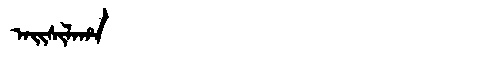
Manchu: ᠠᡳᠰᡳᠯᠠᡥᠠ
Romanization: AISILAHA